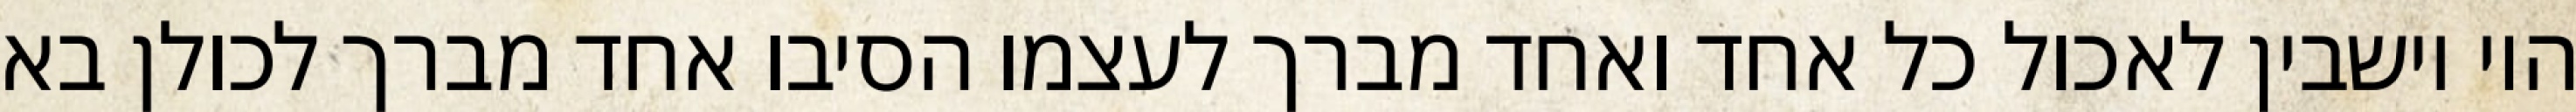
היו יושבין לאכול כל אחד ואחד מברך לעצמו הסיבו אחד מברך לכולן בא